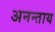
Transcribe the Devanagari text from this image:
अनन्ताय